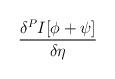
LaTeX: \begin{align*}\frac{\delta ^{P}I[\phi +\psi ]}{\delta \eta }\end{align*}